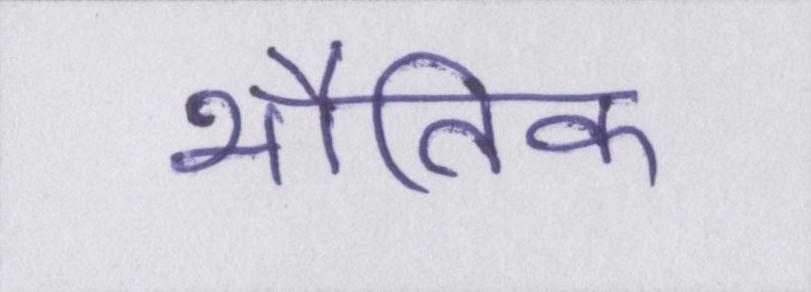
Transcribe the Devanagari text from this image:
भौतिक